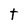
Character: t